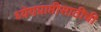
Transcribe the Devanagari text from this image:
ध्येयप्राप्तीसाठीची